Lunatic asylums Central Provinces reports 1886-1894 - 1886-1894
Year: 1886
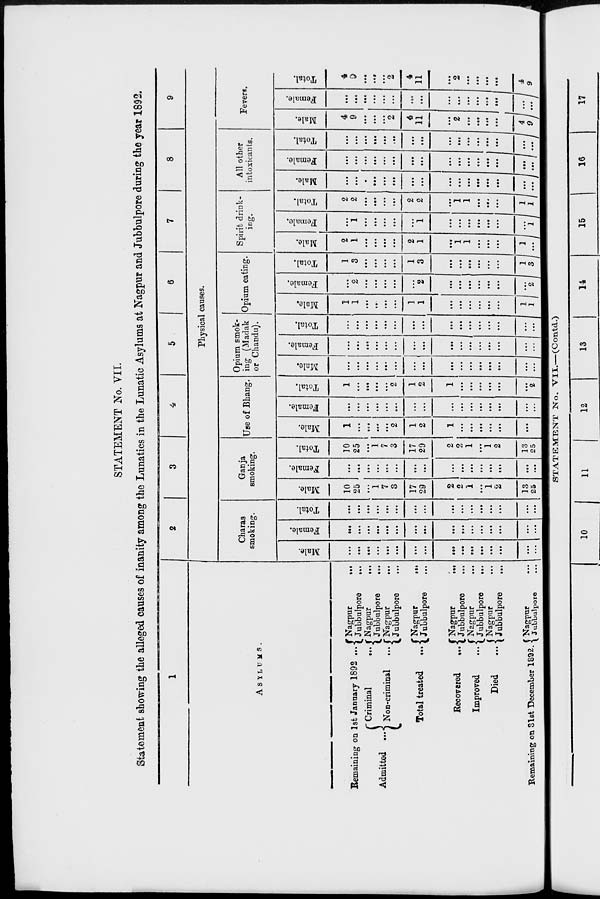
STATEMENT No. VII.
Statement showing the alleged causes of insanity among the Lunatics in the Lunatic Asylums at Nagpur and Jubbulpore during the year 1892.
1
ASYLUMS.
Remaining on 1st January 1892 ...
Admitted ...
Admitted
...
Criminal
...
Non-criminal
...
Total treated
...
Recovered
...
Improved
...
Died ...
Remaining on 31st December 1892.
Nagpur
...
Jubbulpore
...
Nagpur
...
Jubbulpore...
Nagpur...
Jubbulpore...
Nagpur
...
Jubbulpore
...
Nagpur
...
Jubbulpore...
Nagpur...
Jubbulpore...
Nagpur...
Jubbulpore...
Nagpur...
Jubbulpore...
2
3
4
5
6
7
8
9
Physical causes.
Charas
smoking.
Male.
...
...
...
...
...
...
...
...
...
...
...
...
...
...
...
...
Female.
...
...
...
...
...
...
...
...
...
...
...
...
...
...
...
...
Total.
...
...
...
...
...
...
...
...
...
...
...
...
...
...
...
...
Ganja
smoking.
Male.
10
25
...
1
7
3
17
29
2
...
...
...
1
2
13
25
Female.
...
...
...
...
...
...
...
...
...
...
...
...
...
...
...
...
Total.
10
25
...
1
7
3
17
29
2
2
1
...
1
2
13
25
Use of Bhang.
Male.
1
...
...
...
...
2
1
2
1
...
...
...
...
...
...
...
Female.
...
...
...
...
...
...
...
...
...
...
...
...
...
...
...
...
Total.
1
...
...
...
...
2
1
2
1
...
...
...
...
...
...
2
Opium smok-
ing (Madak
or Chandu).
Male.
...
...
...
...
...
...
...
...
...
...
...
...
...
...
...
...
Female.
...
...
...
...
...
...
...
...
...
...
...
...
...
...
...
...
Total.
...
...
...
...
...
...
...
...
...
...
...
...
...
...
...
...
Opium eating.
Male.
1
1
...
...
...
...
1
1
...
...
...
...
...
...
1
1
Female.
...
2
...
...
...
...
...
2
...
...
...
...
...
...
...
2
Total.
1
3
...
...
...
...
1
3
...
...
...
...
...
...
1
3
Spirit drink-
ing.
Male.
2
1
...
...
...
...
2
1
...
1
1
...
...
...
1
...
Female.
...
1
...
...
...
...
...
1
...
...
...
...
...
...
...
1
Total.
2
2
...
...
...
...
2
2
...
1
1
...
...
...
1
1
All other
intoxicants.
Male.
...
...
...
...
...
...
...
...
...
...
...
...
...
4 ...
...
Female.
...
...
...
...
...
...
...
...
...
...
...
...
...
...
...
...
Total.
...
...
...
...
...
...
...
...
...
...
...
...
...
4 ...
...
Fevers.
Male.
4
9
...
...
...
2
4
11
...
2
...
...
...
...
4 9
Female.
...
...
...
...
...
...
...
...
...
...
...
...
...
...
... ...
Total.
4
9
...
...
...
2
4
11
...
2
...
...
...
...
4
9